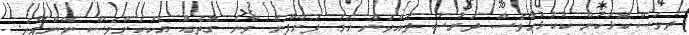
ދުވަސްކޮޅަކުން ކުކުޅުހާވެސް ދަރުސު ދެއްވަން ހަމަ ފަށާފާނެ ވާނެ ގޮތެއް އެކަކަށްވެސް ނޭންގޭނެ.